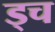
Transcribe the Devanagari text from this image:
ड्च